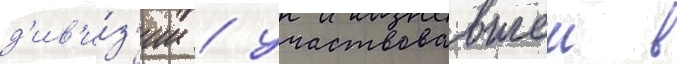
д'ив'и́з'ии / участвовавшеи в